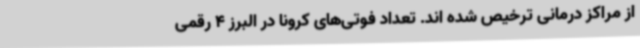
از مراکز درمانی ترخیص شده اند. تعداد فوتی‌های کرونا در البرز 4 رقمی